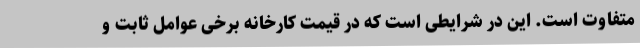
متفاوت است. این در شرایطی است که در قیمت کارخانه برخی عوامل ثابت و